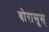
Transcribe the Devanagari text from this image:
बोरासूस्